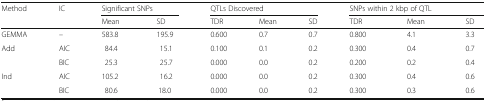
<table><thead><tr><td rowspan="2"><b>Method</b></td><td rowspan="2"><b>IC</b></td><td colspan="2"><b>Significant SNPs</b></td><td colspan="3"><b>QTLs Discovered</b></td><td colspan="3"><b>SNPs within 2 kbp of QTL</b></td></tr><tr><td><b>Mean</b></td><td><b>SD</b></td><td><b>TDR</b></td><td><b>Mean</b></td><td><b>SD</b></td><td><b>TDR</b></td><td><b>Mean</b></td><td><b>SD</b></td></tr></thead><tbody><tr><td>GEMMA</td><td>–</td><td>583.8</td><td>195.9</td><td>0.600</td><td>0.7</td><td>0.7</td><td>0.800</td><td>4.1</td><td>3.3</td></tr><tr><td rowspan="2">Add</td><td>AIC</td><td>84.4</td><td>15.1</td><td>0.100</td><td>0.1</td><td>0.2</td><td>0.300</td><td>0.4</td><td>0.7</td></tr><tr><td>BIC</td><td>25.3</td><td>25.7</td><td>0.000</td><td>0.0</td><td>0.2</td><td>0.200</td><td>0.2</td><td>0.4</td></tr><tr><td rowspan="2">Ind</td><td>AIC</td><td>105.2</td><td>16.2</td><td>0.000</td><td>0.0</td><td>0.2</td><td>0.300</td><td>0.4</td><td>0.6</td></tr><tr><td>BIC</td><td>80.6</td><td> 18.0</td><td>0.000</td><td>0.0</td><td>0.2</td><td>0.300</td><td>0.3</td><td>0.6</td></tr></tbody></table>